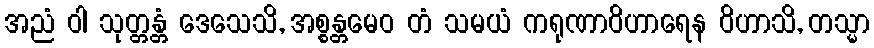
အညံ ဝါ သုတ္တန္တံ ဒေသေသိ, အစ္စန္တမေဝ တံ သမယံ ကရုဏာဝိဟာရေန ဝိဟာသိ, တသ္မာ